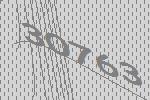
30763